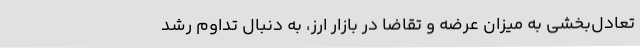
تعادل‌بخشی به میزان عرضه و تقاضا در بازار ارز، به دنبال تداوم رشد